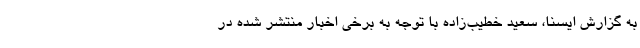
به گزارش ایسنا، سعید خطیب‌زاده با توجه به برخی اخبار منتشر شده در